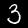
Label: 3